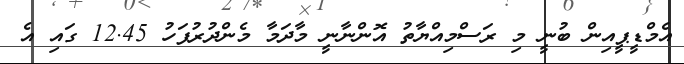
އެމްޑީޕީއިން ބުނީ މި ރަސްމިއްޔާތު އޮންނާނީ މާދަމާ މެންދުރުފަހު 12.45 ގައި އެ